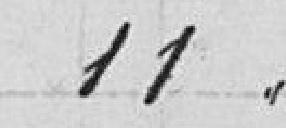
11